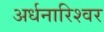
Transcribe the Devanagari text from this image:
अर्धनारिश्वर